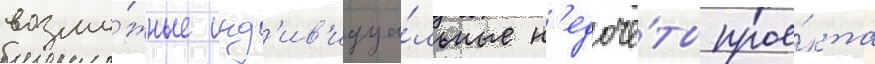
возмо́жные инд'ив'идуа́льные н'едочё́ты прое́кта